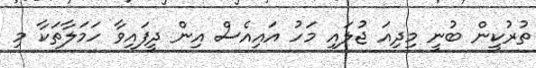
ތުރުކީން ބުނީ މިދިއަ ޖުލައި މަހު އައިއެސް އިން ދީފައިވާ ހަމަލާތަކާ މި